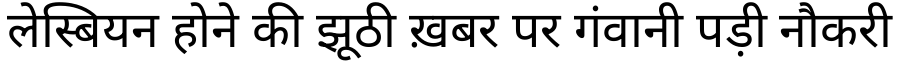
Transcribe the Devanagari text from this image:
लेस्बियन होने की झूठी ख़बर पर गंवानी पड़ी नौकरी